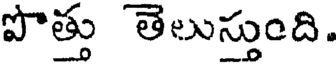
పొత్తు తెలుస్తుంది.